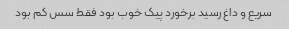
سریع و داغ رسید برخورد پیک خوب بود فقط سس کم بود